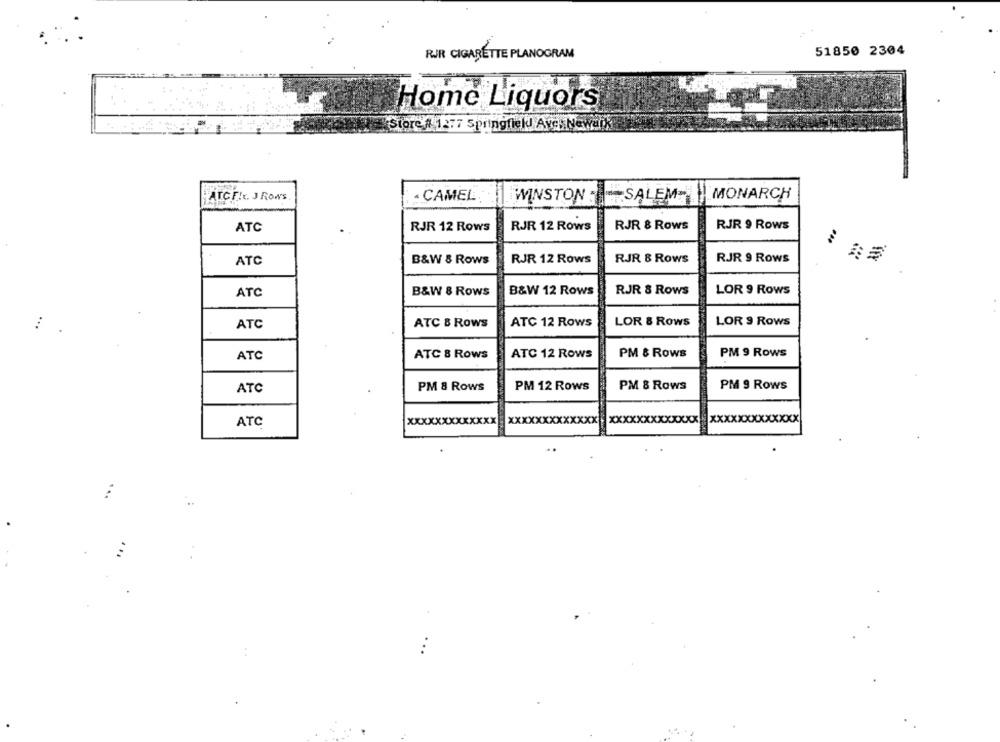
51850 2304
RIR CIGARETTE PLANOGRAM
Home Liquors
Store/ 1277 Springfield Aves Newark
ATC FIK. J Rows
CAMEL
WINSTON
SALEM
MONARCH
ATC
RJR 12 Rows
RJR 12 Rows
RJR & Rows
RJR 9 Rows
B&W 8 Rows
RJR 12 Rows
RJR & Rows
RJR 9 Rows
ATC
ATC
B&W 8 Rows
B&W 12 Rows
RJR & Rows
LOR 9 Rows
ATC
ATC B Rows
ATC 12 Rows
LOR & Rows
LOR 9 Rows
ATC
ATC 8 Rows
ATC 12 ROWS
PM & Rows
PM 9 Rows
PM 9 Rows
ATC
PM 8 Rows
PM 12 Rows
PM & Rows
CUSWINNE
ATC